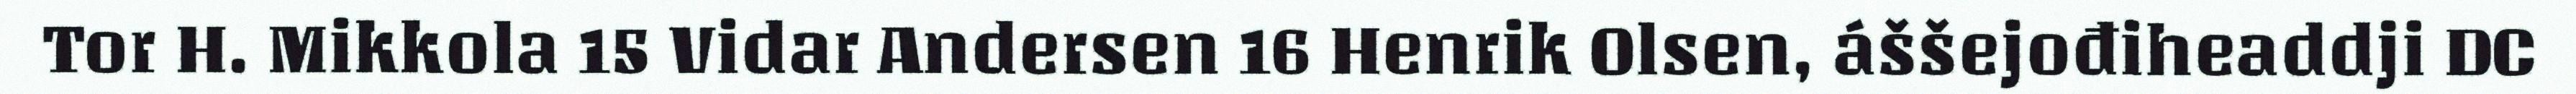
Tor H. Mikkola 15 Vidar Andersen 16 Henrik Olsen, áššejođiheaddji DC